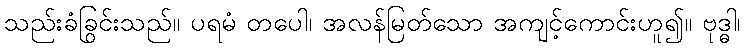
သည်းခံခြင်းသည်။ ပရမံ တပေါ၊ အလွန်မြတ်သော အကျင့်ကောင်းဟူ၍။ ဗုဒ္ဓါ၊